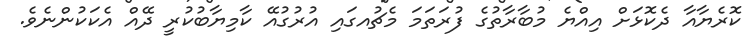
ކޮރެޔާއާ ދެކޮޅަށް އިއްޔެ މުބާރާތުގެ ފުރަތަމަ މެޗުއގައި އުރުގުއޭ ކާމިޔާބުކުރީ ދޭއް އެކަކުންނެވެ.